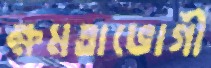
ক্ষমতাভোগী